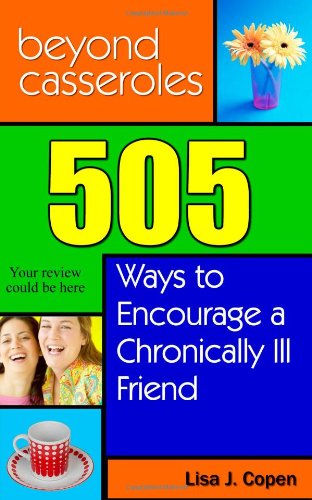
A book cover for Beyond Casseroles: 505 Ways to Encourage a Chronically Ill Friend (Conquering the Confusions of Chronic Illness); Lisa J. Copen; Christian Books & Bibles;